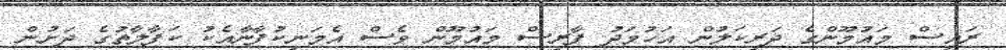
ރައީސް މައުމޫންގެ ދަރިކަލުން އަހުމަދު ފާރިސް މައުމޫން ވެސް އެމަނިކުފާނާއެކު ކަފާލާތުގެ ދަށުން